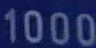
1000